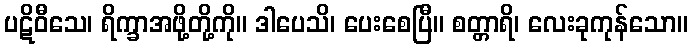
ပဋိဝီသေ၊ ရိက္ခာအဖို့တို့ကို။ ဒါပေသိ၊ ပေးစေပြီ။ စတ္တာရိ၊ လေးခုကုန်သော။